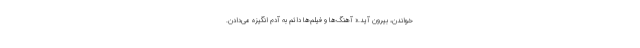
خواندن، بیرون آید.« آهنگ‌ها و فیلم‌ها دائم به آدم انگیزه می‌دادن.